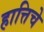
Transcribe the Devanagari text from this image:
हात्तिचे